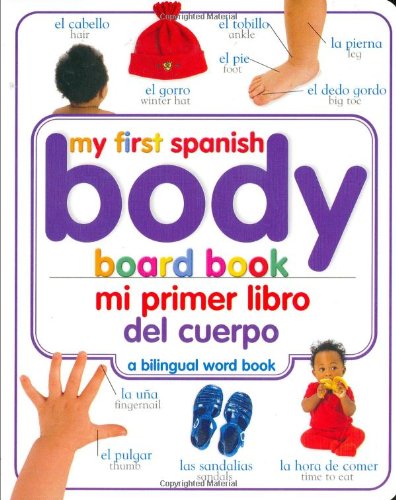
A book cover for Mi Primer Libro del Cuerpo/My First Body Board Book (My 1st Board Books); DK; Children's Books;